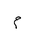
Letter: _mim